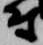
尉